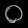
Digit: ၀